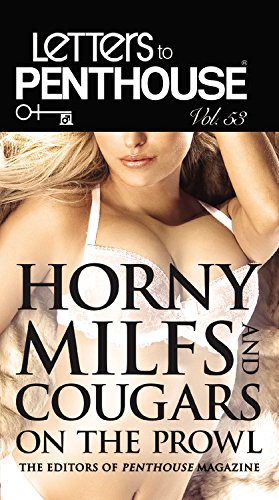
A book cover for Letters to Penthouse Vol. 53: Horny MILFs and Cougars on the Prowl; Penthouse International; Romance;